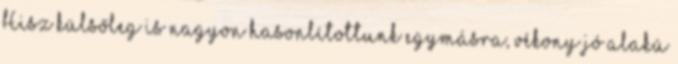
Hisz külsőleg is nagyon hasonlítottunk egymásra, vékony jó alakú